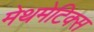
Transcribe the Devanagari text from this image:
मेथमेटिक्स